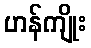
ဟန်ကျိုး